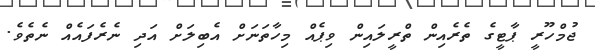
ޖުމްހޫރީ ޕާޓީގެ ތެރެއިން ތްރީލައިން ވިޕެއް މިހާތަނަށް އެބިލަށް އަދި ނެރެފައެއް ނެތެވެ.